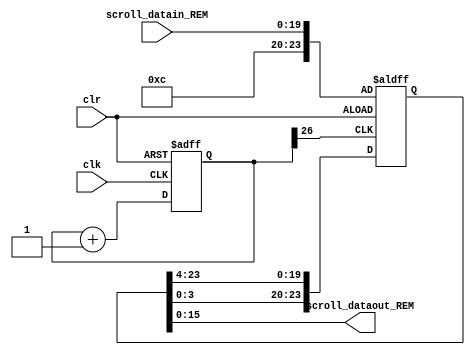
module Seg_Scroll_REM(
    input clk,
    input clr,
	input [19:0] scroll_datain_REM,
    output [15:0] scroll_dataout_REM
    );


reg [26:0] q;
reg [23:0] msg_array;

always @(posedge clk_3 or posedge clr) 

begin
 
if(clr==1)
		begin 
		msg_array [19:0] <= scroll_datain_REM[19:0];
		msg_array [23:20] <= 'hC;
		end
else 
		begin
		msg_array [19:0] <= msg_array[23:4];
		msg_array [23:20] <= msg_array[3:0];
		end
end

assign scroll_dataout_REM[15:0] = msg_array[15:0];

// 3 Hz scroll clk generator 

always @(posedge clk or posedge clr)
begin
if(clr==1)
q<=0;
else 
q<=q+1;
end
assign clk_3 = q[26];



endmodule